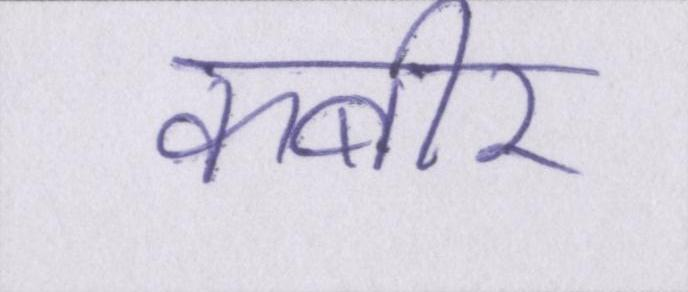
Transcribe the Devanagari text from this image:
कबीर